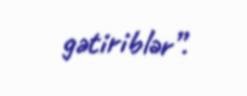
gətiriblər”.